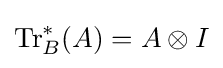
\operatorname {Tr} _{B}^{*}(A)=A\otimes I